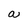
Character: a